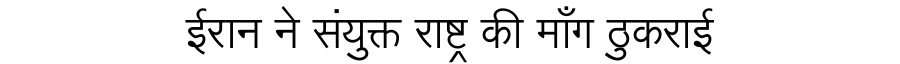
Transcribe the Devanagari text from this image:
ईरान ने संयुक्त राष्ट्र की माँग ठुकराई